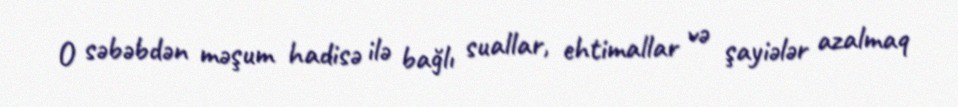
O səbəbdən məşum hadisə ilə bağlı suallar, ehtimallar və şayiələr azalmaq